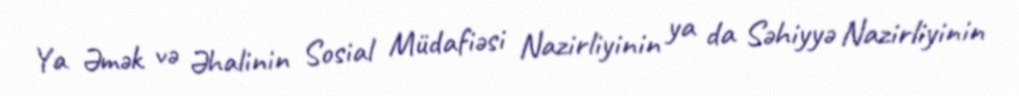
Ya Əmək və Əhalinin Sosial Müdafiəsi Nazirliyinin ya da Səhiyyə Nazirliyinin